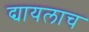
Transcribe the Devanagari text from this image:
द्यायलाच